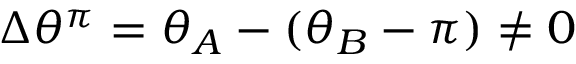
\Delta \theta ^ { \pi } = \theta _ { A } - ( \theta _ { B } - \pi ) \neq 0